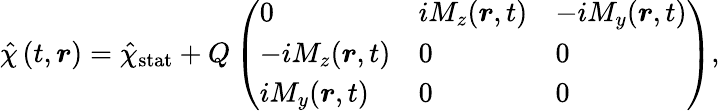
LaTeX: \hat{\chi}\left(t,\boldsymbol{r}\right)={\hat{\chi}}_{\mathrm{stat}}+Q\left(\begin{array}{lll}{0}&{iM_{z}({\boldsymbol{r}},t)}&{-iM_{y}({\boldsymbol{r}},t)}\\ {-iM_{z}({\boldsymbol{r}},t)}&{0}&{0}\\ {iM_{y}({\boldsymbol{r}},t)}&{0}&{0}\end{array}\right),